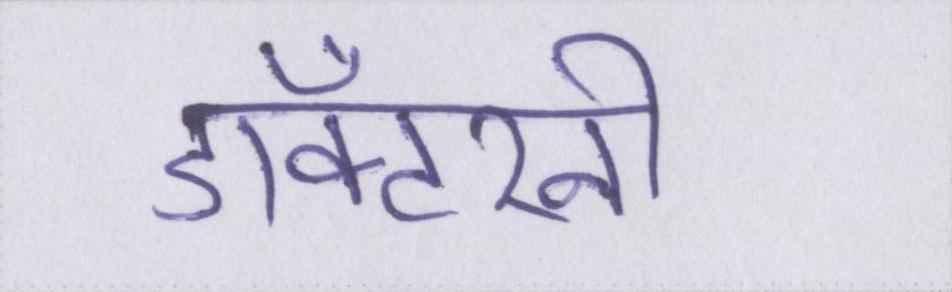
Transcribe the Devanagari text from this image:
डॉक्टरनी